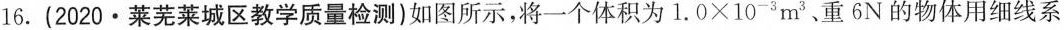
16.(2020·莱芜莱城区教学质量检测)如图所示，将一个体积为$$1.0\times 10^{-3}m^{3}$$、重6N的物体用细线系